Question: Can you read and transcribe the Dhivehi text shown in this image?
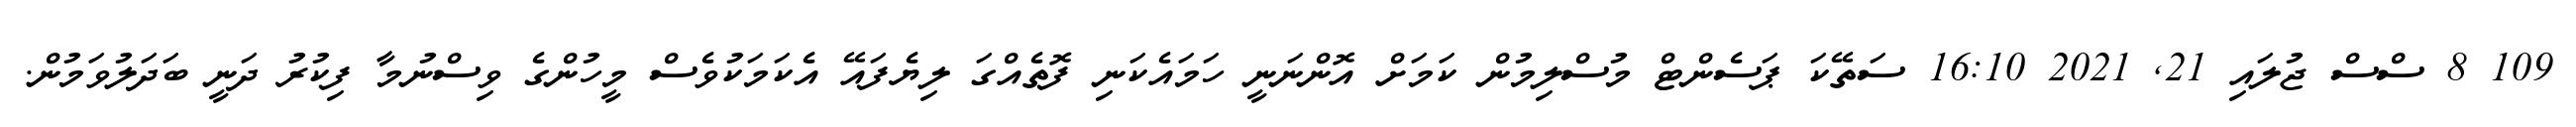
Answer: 109 8 ސްސް ޖުލައި 21, 2021 16:10 ސަތޭކަ ޕަސެންޓް މުސްލިމުން ކަމަށް އޮންނަނީ ހަމައެކަނި ފޮތެއްގަ ލިޔެފައޭ އެކަމަކުވެސް މީހުންގެ ވިސްނުމާ ފިކުރު ދަނީ ބަދަލުވަމުން.